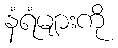
နံရံများကို